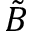
\Tilde { B }